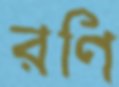
রণি